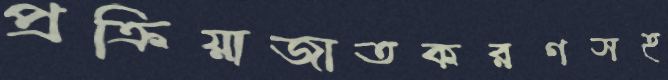
প্রক্রিয়াজাতকরণসহ